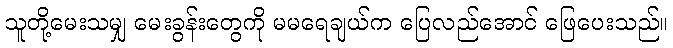
သူတို့မေးသမျှ မေးခွန်းတွေကို မမရေချယ်က ပြေလည်အောင် ဖြေပေးသည်။